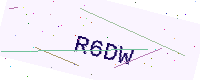
Text: R6DW